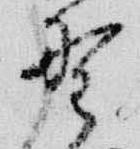
野